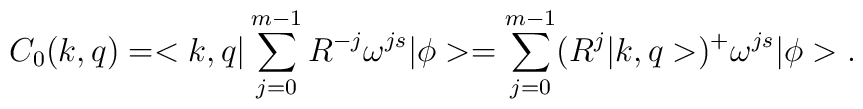
C_0(k,q)=<k,q|\sum_{j=0}^{m-1}R^{-j}\omega^{js}|\phi>=\sum_{j=0}^{m-1}(R^j|k,q>)^+\omega^{js}|\phi>.